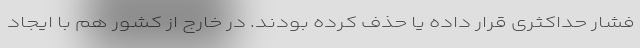
فشار حداکثری قرار داده یا حذف کرده بودند. در خارج از کشور هم با ایجاد